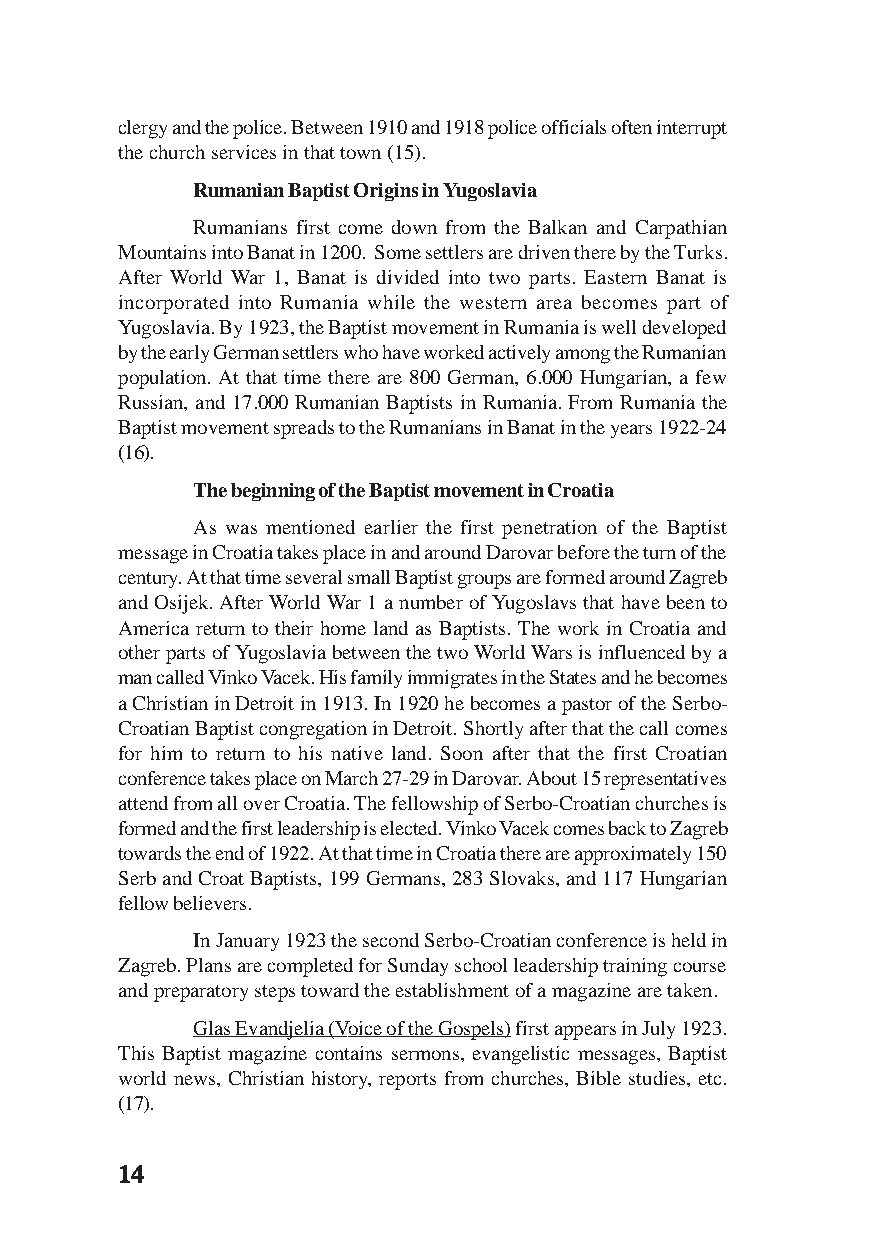
clergy and the police. Between 1910 and 1918 police officials often interrupt
 the church services in that town (15).
 Rumanian Baptist Origins in Yugoslavia
 Rumanians first come down from the Balkan and Carpathian
 Mountains into Banat in 1200. Some settlers are driven there by the Turks.
 After World War 1, Banat is divided into two parts. Eastern Banat is
 incorporated into Rumania while the western area becomes part of
 Yugoslavia. By 1923, the Baptist movement in Rumania is well developed
 by the early German settlers who have worked actively among the Rumanian
 population. At that time there are 800 German, 6.000 Hungarian, a few
 Russian, and 17.000 Rumanian Baptists in Rumania. From Rumania the
 Baptist movement spreads to the Rumanians in Banat in the years 1922-24
 (16).
 The beginning of the Baptist movement in Croatia
 As was mentioned earlier the first penetration of the Baptist
 message in Croatia takes place in and around Darovar before the turn of the
 century. At that time several small Baptist groups are formed around Zagreb
 and Osijek. After World War 1 a number of Yugoslavs that have been to
 America return to their home land as Baptists. The work in Croatia and
 other parts of Yugoslavia between the two World Wars is influenced by a
 man called Vinko Vacek. His family immigrates in the States and he becomes
 a Christian in Detroit in 1913. In 1920 he becomes a pastor of the Serbo-
 Croatian Baptist congregation in Detroit. Shortly after that the call comes
 for him to return to his native land. Soon after that the first Croatian
 conference takes place on March 27-29 in Darovar. About 15 representatives
 attend from all over Croatia. The fellowship of Serbo-Croatian churches is
 formed and the first leadership is elected. Vinko Vacek comes back to Zagreb
 towards the end of 1922. At that time in Croatia there are approximately 150
 Serb and Croat Baptists, 199 Germans, 283 Slovaks, and 117 Hungarian
 fellow believers.
 In January 1923 the second Serbo-Croatian conference is held in
 Zagreb. Plans are completed for Sunday school leadership training course
 and preparatory steps toward the establishment of a magazine are taken.
 Glas Evandjelia (Voice of the Gospels) first appears in July 1923.
 This Baptist magazine contains sermons, evangelistic messages, Baptist
 world news, Christian history, reports from churches, Bible studies, etc.
 (17).
 1111144444